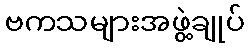
ဗကသများအဖွဲ့ချုပ်